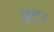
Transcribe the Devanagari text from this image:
इट।